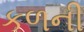
કળની